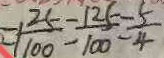
= 1 \frac { 2 5 } { 1 0 0 } - \frac { 1 2 5 } { 1 0 0 } = \frac { 5 } { 4 }